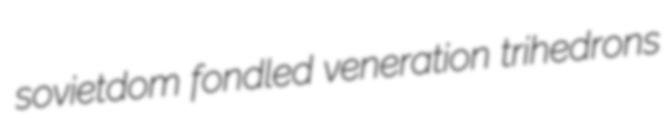
sovietdom fondled veneration trihedrons